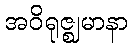
အဝိရုဇ္ဈမာနာ